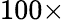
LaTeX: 100\times